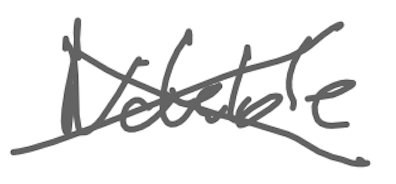
Text: Notable
Cross-out: cross
Writing tool: digital_gray